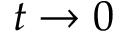
t \rightarrow 0